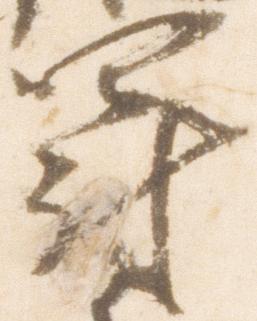
罰